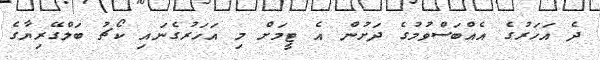
ދެ އަހަރުގެ އެއްބަސްވުމުގެ ދަށުން އެ ޓީމަށް މި އަހަރުގެނައި ކޯޗު ބަލްގޭރިޔާގެ